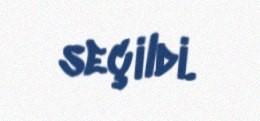
seçildi.